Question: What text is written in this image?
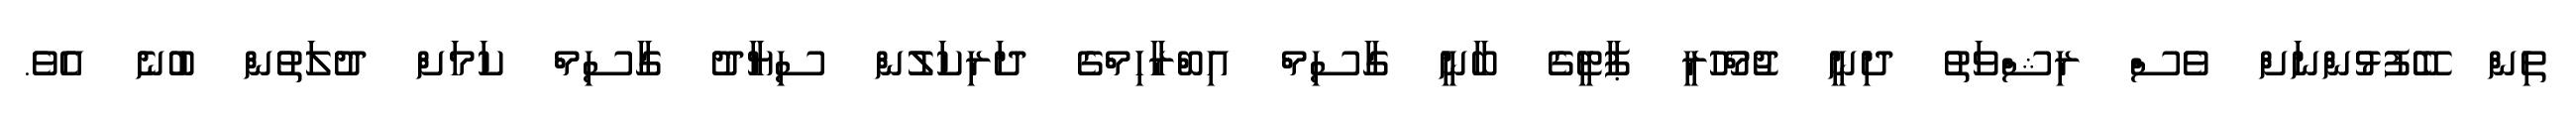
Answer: ތިން ބޭފުޅުންނަށް ވެސް ރިޝްވަތު ދިނީ ޖުމްހޫރީ ޕާޓީގެ ބާނީ ގާސިމް އިބްރާހިމްގެ ދަރިކަލުން ސިޔާދު ގާސިމް ކަމަށް ދުލަތުން ބުނެ އެވެ.